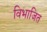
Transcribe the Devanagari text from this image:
विभाजित